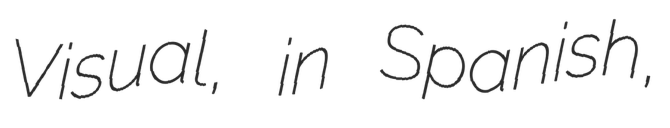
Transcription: Visual, in Spanish,